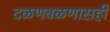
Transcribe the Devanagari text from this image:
दळणवळणासही